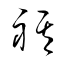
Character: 祺